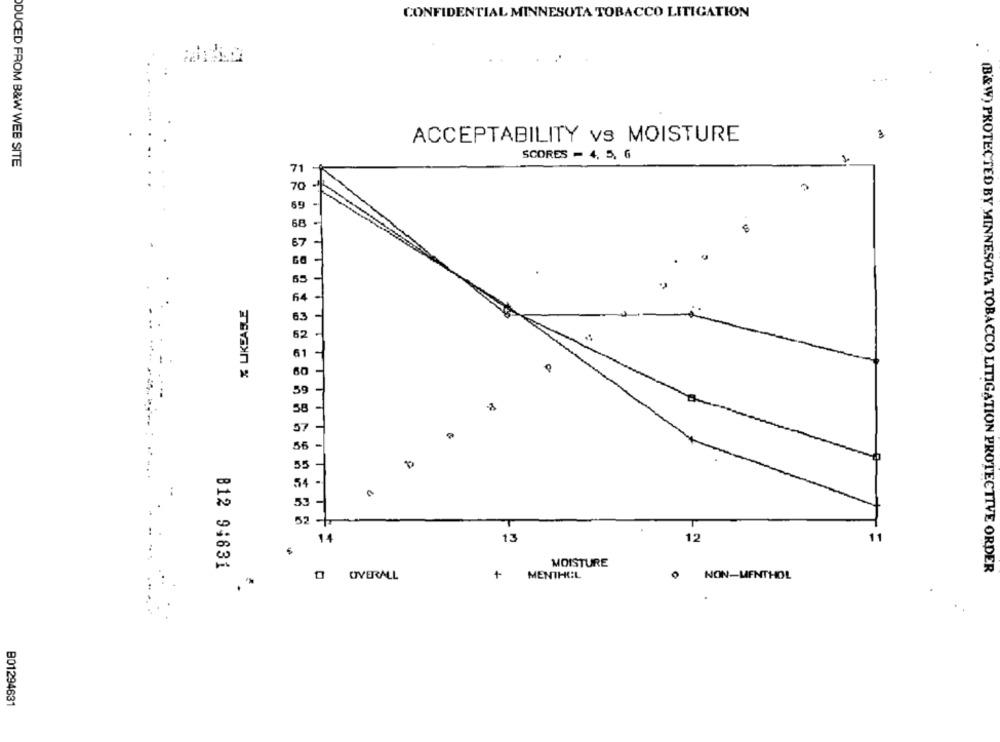
CONFIDENTIAL MINNESOTA TOBACCO LITIGATION
. ..
ACCEPTABILITY vs MOISTURE
SCORES - 4, 5, 6
DUCED FROM B&W WEB SITE
71
68
% LIKEASLE
6.3
60
59
58
57
56
55
54 -
52 -++
14
13
12
11
B12 94831
MOISTURE
(B&W) PROTECTED BY MINNESOTA TOBACCO LITIGATION PROTECTIVE ORDER
O OVERALL
+
MENTHOL
0 NON-MENTHOL
B01294631